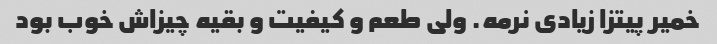
خمیر پیتزا زیادی نرمه. ولی طعم و کیفیت و بقیه چیزاش خوب بود